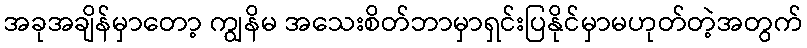
အခုအချိန်မှာတော့ ကျွနိမ အသေးစိတ်ဘာမှာရှင်းပြနိုင်မှာမဟုတ်တဲ့အတွက်